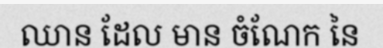
ឈាន ដែល មាន ចំណែក នៃ